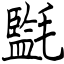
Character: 㲯